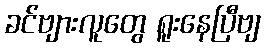
ခင်ဗျားလူတွေ ရူးနေပြီဗျ